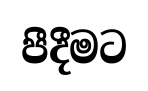
පීදීමට